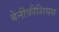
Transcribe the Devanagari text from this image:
बेनीफ़ीशियस